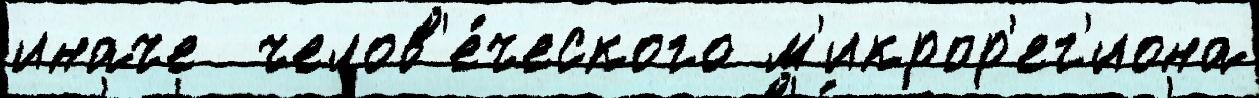
иначе  челов'е́ческого м'икрор'ег'иона